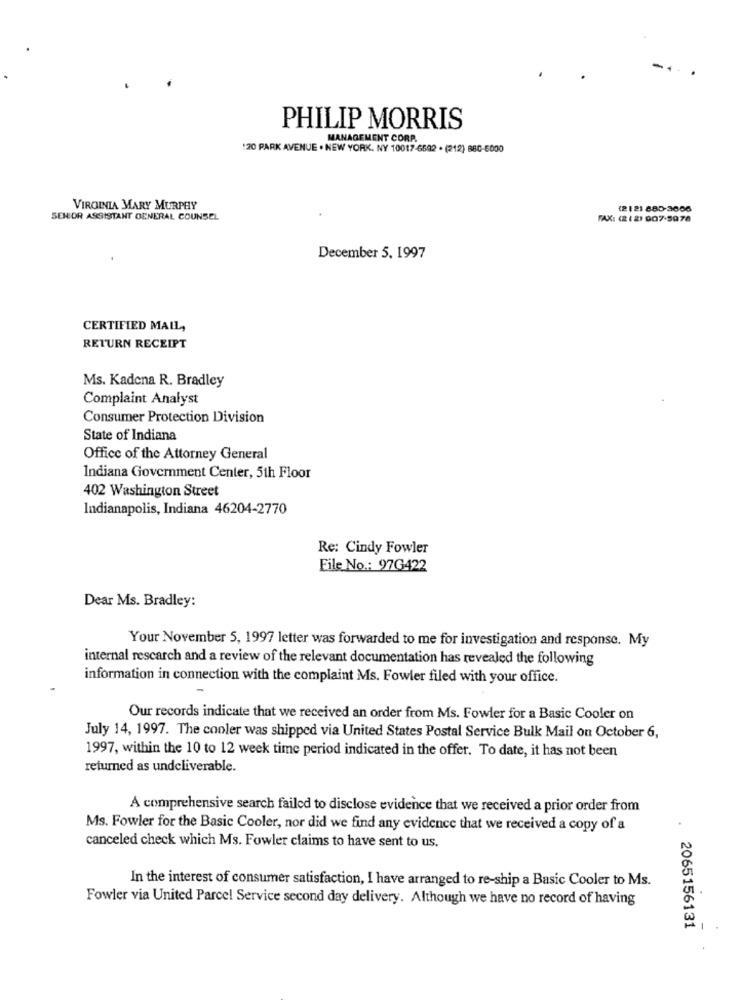
PHILIP MORRIS
MANAGEMENT CORP.
120 PARK AVENUE . NEW YORK, NY 10017-6502 . (212) 860-6000
VIRGINIA MARY MURPHY
(21 21 885-3656
SENIOR ASSISTANT GENERAL COUNSEL
FAX: (2(2) 907-5978
December 5, 1997
CERTIFIED MAIL,
RETURN RECEIPT
Ms. Kadena R. Bradley
Complaint Analyst
Consumer Protection Division
State of Indiana
Office of the Attorney General
Indiana Government Center, 5th Floor
402 Washington Street
Indianapolis, Indiana 46204-2770
Re: Cindy Fowler
File No .: 97G422
Dear Ms. Bradley:
Your November 5, 1997 letter was forwarded to me for investigation and response. My
internal research and a review of the relevant documentation has revealed the following
information in connection with the complaint Ms. Fowler filed with your office.
Our records indicate that we received an order from Ms. Fowler for a Basic Cooler on
July 14, 1997. The cooler was shipped via United States Postal Service Bulk Mail on October 6,
1997, within the 10 to 12 week time period indicated in the offer. To date, it has not been
returned as undeliverable.
A comprehensive search failed to disclose evidence that we received a prior order from
Ms. Fowler for the Basic Cooler, nor did we find any evidence that we received a copy of a
canceled check which Ms. Fowler claims to have sent to us.
In the interest of consumer satisfaction, I have arranged to re-ship a Basic Cooler to Ms.
Fowler via United Parcel Service second day delivery. Although we have no record of having
2065156131
-